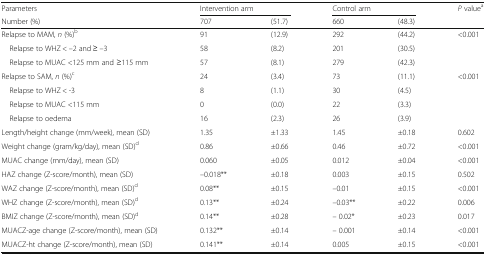
| Parameters | <COLSPAN=2> Intervention arm | <COLSPAN=2> Control arm | <ROWSPAN=2> P valuea |
 | Number (%) | 707 | (51.7) | 660 | (48.3) |
 | --- | --- | --- | --- | --- | --- |
 | Relapse to MAM, n (%)b | 91 | (12.9) | 292 | (44.2) | <0.001 |
 | Relapse to WHZ < –2 and ≥ –3 | 58 | (8.2) | 201 | (30.5) |  |
 | Relapse to MUAC <125 mm and ≥115 mm | 57 | (8.1) | 279 | (42.3) |  |
 | Relapse to SAM, n (%)c | 24 | (3.4) | 73 | (11.1) | <0.001 |
 | Relapse to WHZ < -3 | 8 | (1.1) | 30 | (4.5) |  |
 | Relapse to MUAC <115 mm | 0 | (0.0) | 22 | (3.3) |  |
 | Relapse to oedema | 16 | (2.3) | 26 | (3.9) |  |
 | Length/height change (mm/week), mean (SD) | 1.35 | ±1.33 | 1.45 | ±0.18 | 0.602 |
 | Weight change (gram/kg/day), mean (SD)d | 0.86 | ±0.66 | 0.46 | ±0.72 | <0.001 |
 | MUAC change (mm/day), mean (SD) | 0.060 | ±0.05 | 0.012 | ±0.04 | <0.001 |
 | HAZ change (Z-score/month), mean (SD) | –0.018** | ±0.18 | 0.003 | ±0.15 | 0.502 |
 | WAZ change (Z-score/month), mean (SD)d | 0.08** | ±0.15 | –0.01 | ±0.15 | <0.001 |
 | WHZ change (Z-score/month), mean (SD)d | 0.13** | ±0.24 | –0.03** | ±0.22 | 0.006 |
 | BMIZ change (Z-score/month), mean (SD)d | 0.14** | ±0.28 | – 0.02* | ±0.23 | 0.017 |
 | MUACZ-age change (Z-score/month), mean (SD) | 0.132** | ±0.14 | – 0.001 | ±0.14 | <0.001 |
 | MUACZ-ht change (Z-score/month), mean (SD) | 0.141** | ±0.14 | 0.005 | ±0.15 | <0.001 |